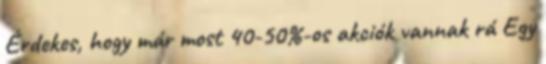
Érdekes, hogy már most 40-50%-os akciók vannak rá Egy